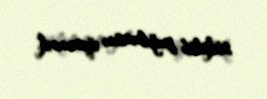
sökülüb yığılmasını öyrənirik.